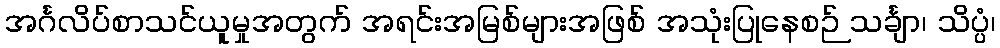
အင်္ဂလိပ်စာသင်ယူမှုအတွက် အရင်းအမြစ်များအဖြစ် အသုံးပြုနေစဉ် သင်္ချာ၊ သိပ္ပံ၊